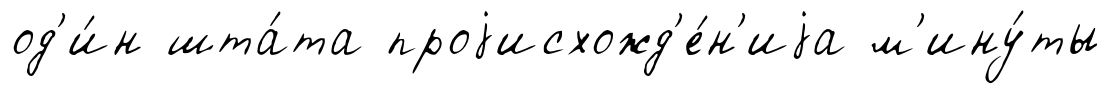
од'и́н шта́та проjисхожд'е́н'иjа м'ину́ты